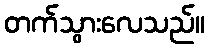
တက်သွားလေသည်။